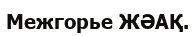
Межгорье ЖӘАҚ.